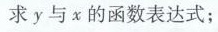
求 y 与 x 的函数表达式；